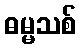
ဓမ္မသစ်